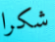
شكرا